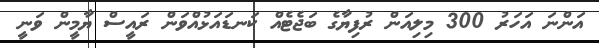
އަންނަ އަހަރު 300 މިލިއަން ރުފިޔާގެ ބަޖެޓެއް ކަނޑައަޅުއްވަން ރައީސް ޔާމީން ވަނީ